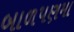
બાળપણમા